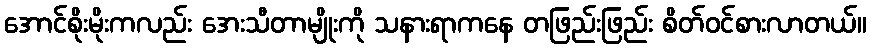
အောင်စိုးမိုးကလည်း အေးသီတာမျိုးကို သနားရာကနေ တဖြည်းဖြည်း စိတ်ဝင်စားလာတယ်။